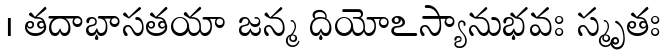
। తదాభాసతయా జన్మ ధియోఽస్యానుభవః స్మృతః